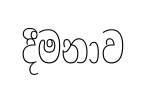
දීමනාව